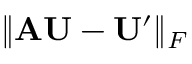
\| \mathbf { A U } - \mathbf { U } ^ { \prime } \| _ { F }